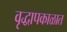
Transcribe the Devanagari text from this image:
वृद्धापकाळात